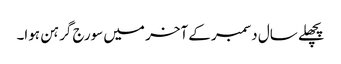
پچھلے سال دسمبر کے آخر میں سورج گرہن ہوا۔